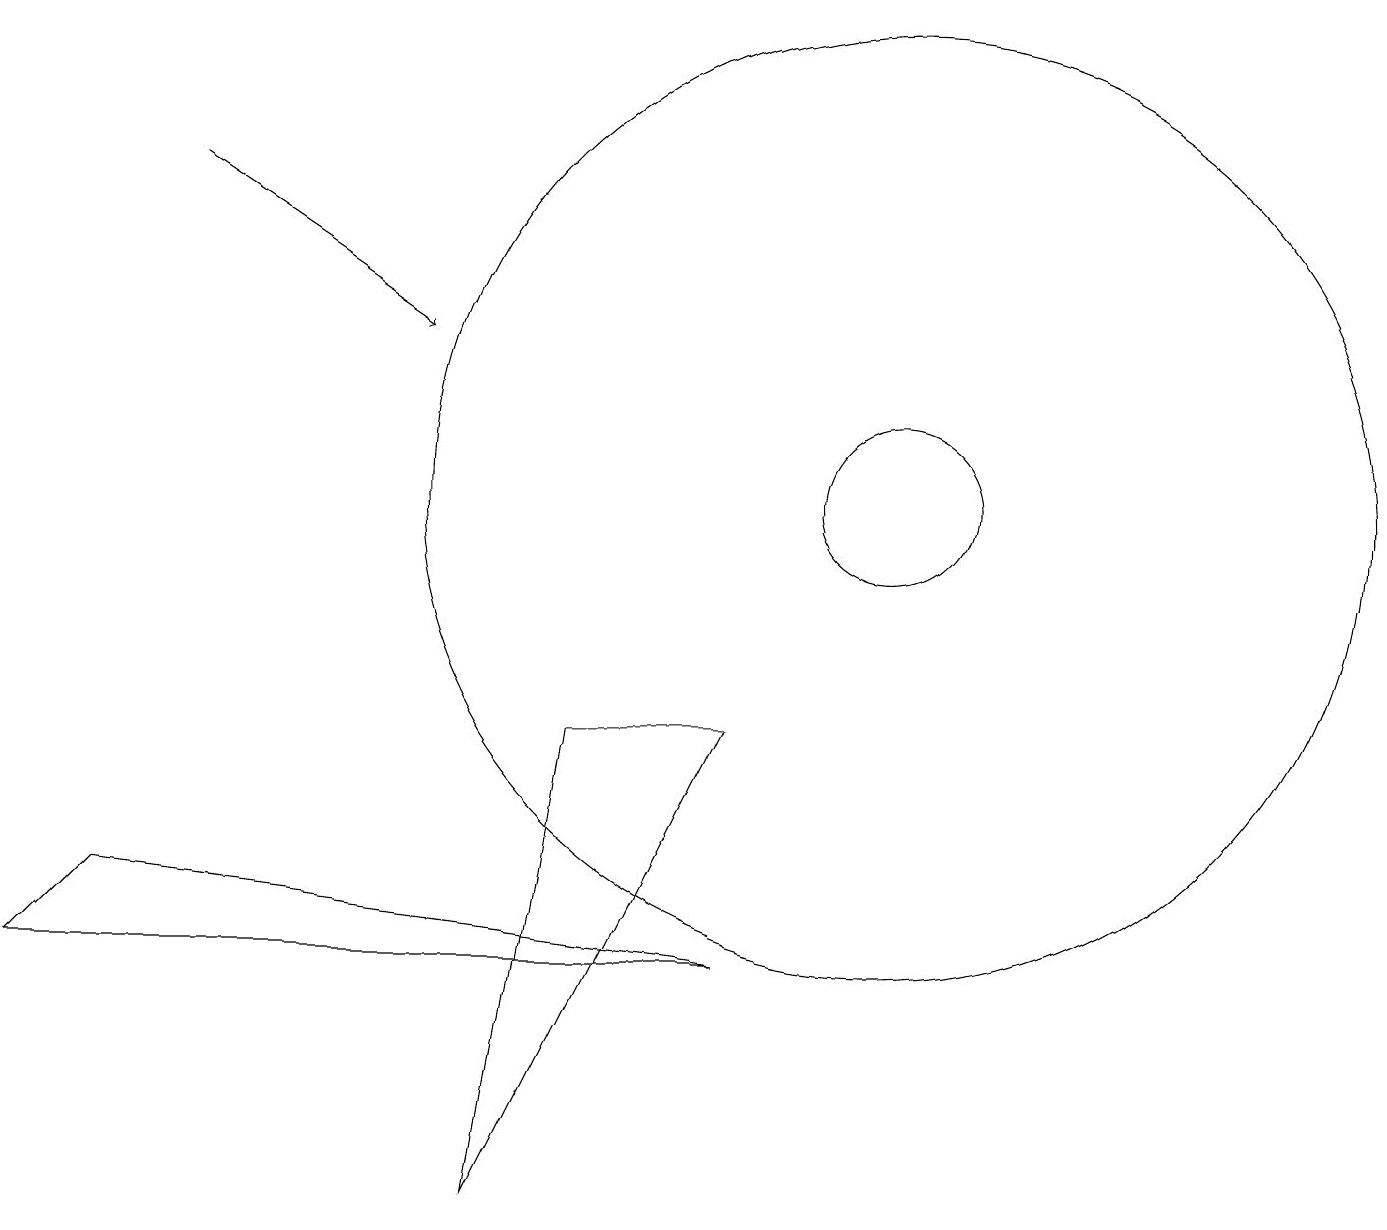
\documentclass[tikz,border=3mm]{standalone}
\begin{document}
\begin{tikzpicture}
\draw (7,7) -- (9,7) -- (6,1) -- cycle;
\draw (11,10) circle (1);
\draw[->] (2,14) -- (5,12);
\draw (11,10) circle (6);
\draw (1,5) -- (0,4) -- (9,4) -- cycle;
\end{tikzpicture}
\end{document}